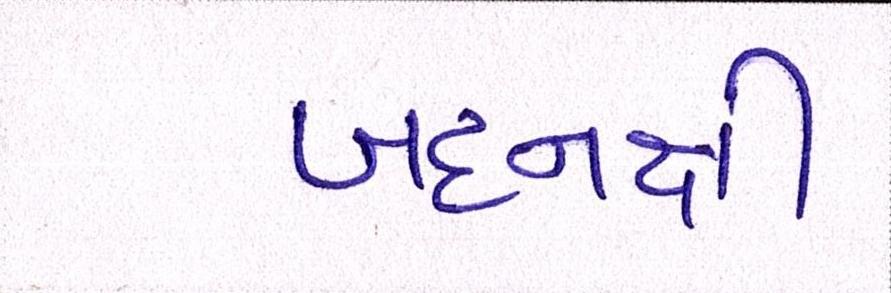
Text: બદનક્ષી